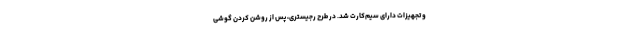
و تجهیزات دارای سیم‌کارت شد. در طرح رجیستری، پس از روشن کردن گوشی